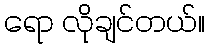
ရော လိုချင်တယ်။